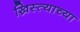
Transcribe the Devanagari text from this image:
ख्रिस्त्याच्या